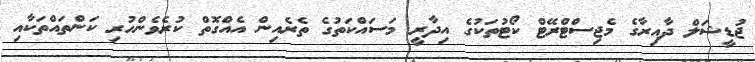
ޖުޑީޝަލް ދާއިރާގެ މެޖިސްޓްރޭޓް ކޯޓުތަކުގެ އިދާރީ މަސައްކަތުގެ ތެރެއިން އެއްގޮތް ކުރެވެންހުރި ކަންތައްތަކާއި